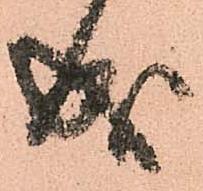
成